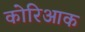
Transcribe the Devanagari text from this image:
कोरिआक